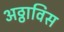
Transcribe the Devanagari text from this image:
अठ्ठाविस